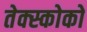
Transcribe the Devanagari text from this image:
तेक्स्कोको